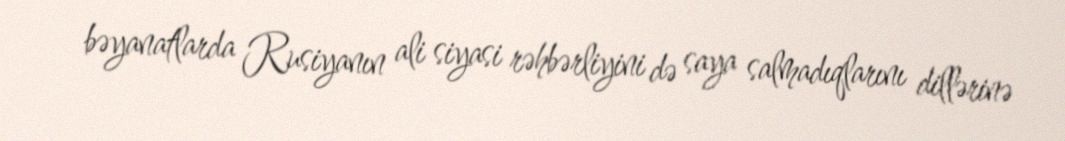
bəyanatlarda Rusiyanın ali siyasi rəhbərliyini də saya salmadıqlarını dillərinə